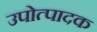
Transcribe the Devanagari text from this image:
उपोत्पादक